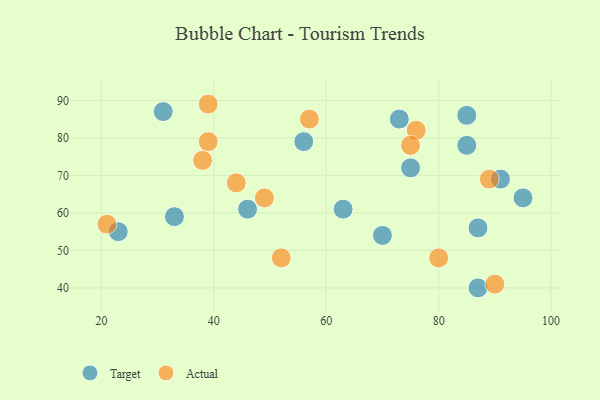
{"axis": {"x": "GDP", "y": "Life Expectancy"}, "legend": ["Actual", "Target"], "data": [{"x": "87", "y": 56, "type": "Target"}, {"x": "31", "y": 87, "type": "Target"}, {"x": "95", "y": 64, "type": "Target"}, {"x": "63", "y": 61, "type": "Target"}, {"x": "91", "y": 69, "type": "Target"}, {"x": "87", "y": 40, "type": "Target"}, {"x": "73", "y": 85, "type": "Target"}, {"x": "75", "y": 72, "type": "Target"}, {"x": "56", "y": 79, "type": "Target"}, {"x": "33", "y": 59, "type": "Target"}, {"x": "23", "y": 55, "type": "Target"}, {"x": "70", "y": 54, "type": "Target"}, {"x": "85", "y": 78, "type": "Target"}, {"x": "85", "y": 86, "type": "Target"}, {"x": "46", "y": 61, "type": "Target"}, {"x": "39", "y": 89, "type": "Actual"}, {"x": "39", "y": 79, "type": "Actual"}, {"x": "89", "y": 69, "type": "Actual"}, {"x": "80", "y": 48, "type": "Actual"}, {"x": "76", "y": 82, "type": "Actual"}, {"x": "75", "y": 78, "type": "Actual"}, {"x": "21", "y": 57, "type": "Actual"}, {"x": "49", "y": 64, "type": "Actual"}, {"x": "38", "y": 74, "type": "Actual"}, {"x": "52", "y": 48, "type": "Actual"}, {"x": "90", "y": 41, "type": "Actual"}, {"x": "44", "y": 68, "type": "Actual"}, {"x": "57", "y": 85, "type": "Actual"}]}